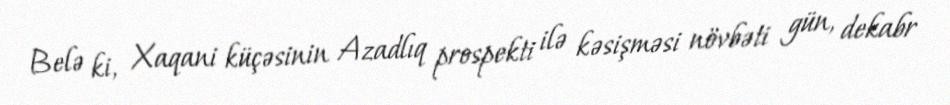
Belə ki, Xaqani küçəsinin Azadlıq prospekti ilə kəsişməsi növbəti gün, dekabr